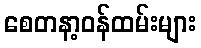
စေတနာ့ဝန်ထမ်းများ